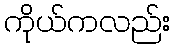
ကိုယ်ကလည်း